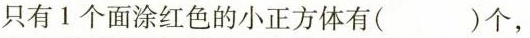
只有1个面涂红色的小正方体有( )个，